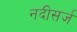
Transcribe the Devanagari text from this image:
नदीसर्ज